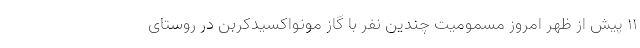
۱۱ پیش از ظهر امروز مسمومیت چندین نفر با گاز مونواکسیدکربن در روستای